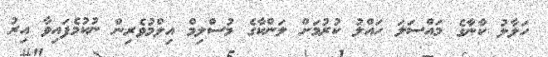
ހަލާލު ކާނާގެ މައްސަލަ ހައްލު ކުރުމަށް ލަންކާގެ މުސްލިމް އިލްމުވެރިން ނުކުމެފައިވާ އިރު